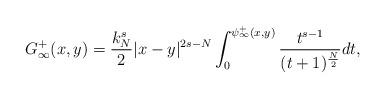
LaTeX: \begin{align*}G_\infty^+(x,y) = \frac{k_N^s}{2} |x-y|^{2s-N} \int_0 ^{\psi_\infty^+(x,y)} \frac{t^{s-1}}{(t+1)^\frac{N}{2}} dt,\end{align*}